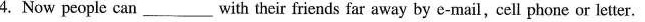
4.Now people can___with their friends far away by e-mail,cell phone or letter.